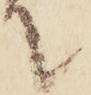
て